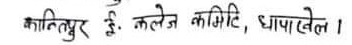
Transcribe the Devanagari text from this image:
कालिम्पुर ई. कलेज समिति, थापाथलि ।